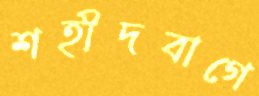
শহীদবাগে